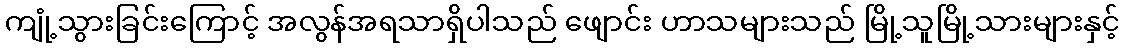
ကျုံ့သွားခြင်းကြောင့် အလွန်အရသာရှိပါသည် ဖျောင်း ဟာသများသည် မြို့သူမြို့သားများနှင့်